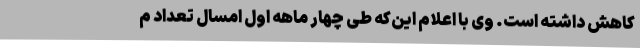
کاهش داشته است. وی با اعلام این‌که طی چهار ماهه اول امسال تعداد م